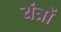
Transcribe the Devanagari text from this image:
यंंत्रों